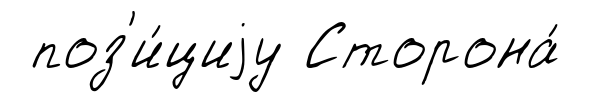
поз'и́циjу Сторона́